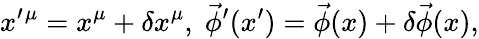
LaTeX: x^{\prime}{}^{\mu}=x^{\mu}+\delta x^{\mu},\; \vec{\phi}^{\prime}(x^{\prime})=\vec{\phi}(x)+\delta\vec{\phi}(x),